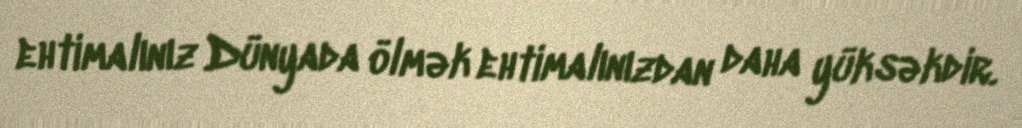
ehtimalınız Dünyada ölmək ehtimalınızdan daha yüksəkdir.